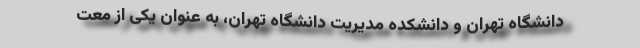
دانشگاه تهران و دانشکده مدیریت دانشگاه تهران، به عنوان یکی از معت